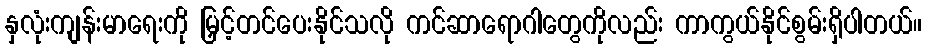
နှလုံးကျန်းမာရေးကို မြှင့်တင်ပေးနိုင်သလို ကင်ဆာရောဂါတွေကိုလည်း ကာကွယ်နိုင်စွမ်းရှိပါတယ်။